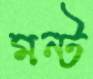
মন্ট